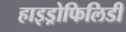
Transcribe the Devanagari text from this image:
हाइड्रोफिलिडी